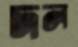
দল